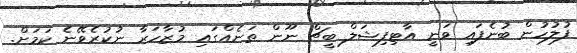
ފުލުހުން ބުނެފައި ވަނީ އާޓިފިޝަލް ބީޗް ނޫން ތަނެއްގައި މުޒާހަރާ ނުކުރެވޭނެ ކަމަށް.